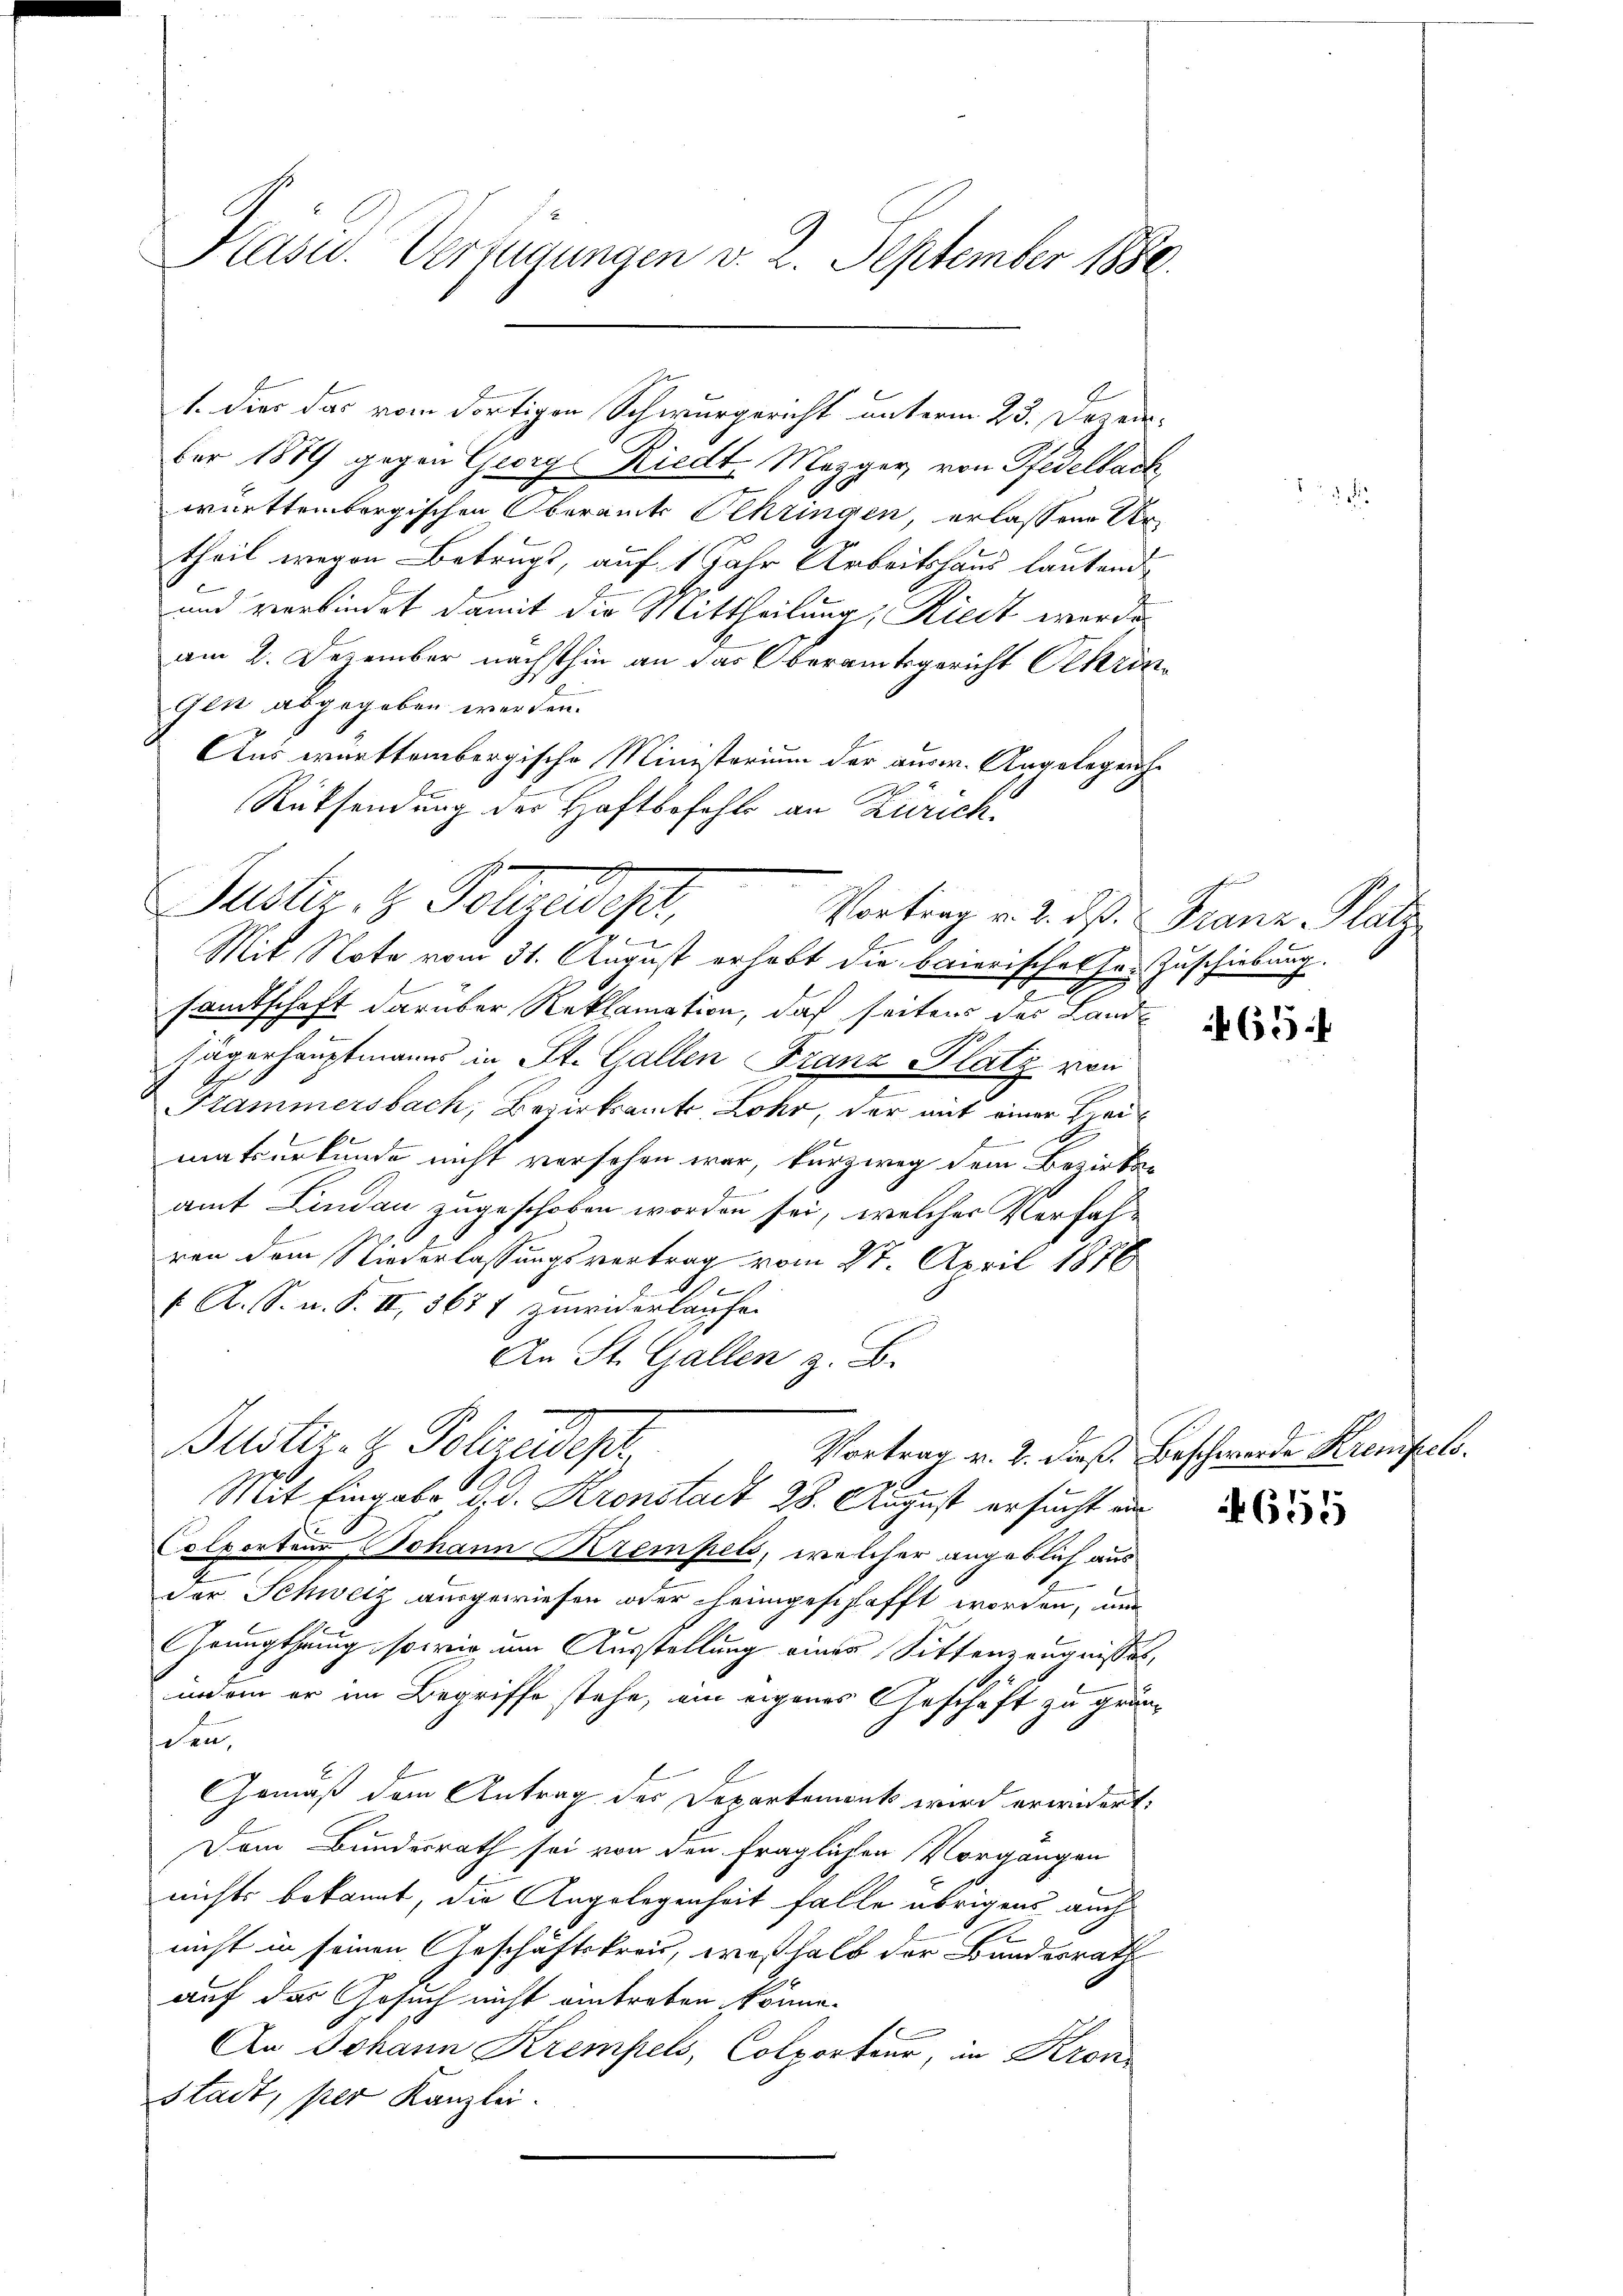
t. Dies das vom dortigen Schwurgericht unterm 23. Dezember 1889 gegen Georg Riedt, Mezger, von Pfedelbach
württembergischen Oberamts Ohringen, erlassen Urtheil wegen Betrugs, auf 1 Jahr Arbeitshaus lautend
und verbindet damit die Mittheilung, Riedt werde
am 2. Dezember nächsthin an das Oberamtsgericht Olkrongen abgegeben werden.
Aus württembergische Ministerium der ausw. Angelegen¬
Rücksendung der Haftbefehls an Zürich
Justiz & Polizeides,
e
Mit Note vom 31. August erhebt die baierisches Hr. Zuschiebung.
.
samtschaft darüber Reklamation, daß seitens des Land
Jägerhauptmanns in St. Gallen Franz Platz von
A.
e
Kammersbach, Bezirksamte Lohr, der mit einer Haumatsurkunde nicht versehen war, kurzweg dem Bezirksamt Lindau zugeschoben worden sei, welcher Verfahren dem Niederlassungsvertrag vom 27. April 1876
.
f A. S. n. F. II 3677 zuwiderlaufen
An St. Gallen z. B.
2
Justiz- & Polizewept,
Vortrag v. 2. dieß. Beschwerde Krenfels.
Mit Eingabe d. d. Kronstadt 28. August ersucht an
Colporten Johann Krempels, welcher angeblich aus
der Schweiz ausgewiesen oder heimgeschafft worden, um
Geungthuung, sowie am Ausstellung einer Sittenzeugnisses,
inein er im Begriffe stehe, ein eigenes Geschäft zu grünschen,
Gemäß dem Antrag des Departemont wird erwidert:
Dem Bundesrath sei von den fraglichen Vorgangen
nichts bekannt, die Angelegenheit falle übrigens auch
nicht in seinen Geschäftsfrei, weßhalb der Bundesrath
auf das Gesuch nicht eintreben könne.
An Johann Krempels, Colporteur, in Kron
stadt, per Kanzlei.

Kasid. Verlegungen v. 2. September 1886.

Vortrag v. 2. ds. v. Franz Platz

65

655